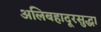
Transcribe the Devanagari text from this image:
अलिबहादूरसुद्धा